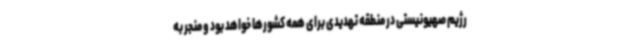
رژیم صهیونیستی در منطقه تهدیدی برای همه کشورها خواهد بود و منجر به